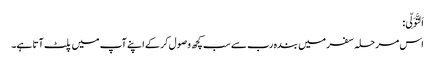
اَلتَّوَلِّی:
اس مرحلہ سفر میں بندہ رب سے سب کچھ وصول کر کے اپنے آپ میں پلٹ آتا ہے۔